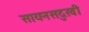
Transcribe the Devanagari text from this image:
सायनसदुखी